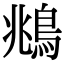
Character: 鴵